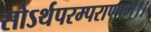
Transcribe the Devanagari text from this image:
सोऽर्थपरम्पराणाम्।।